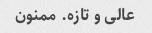
عالی و تازه. ممنون